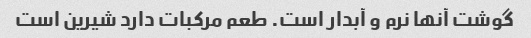
گوشت آنها نرم و آبدار است. طعم مرکبات دارد شیرین است